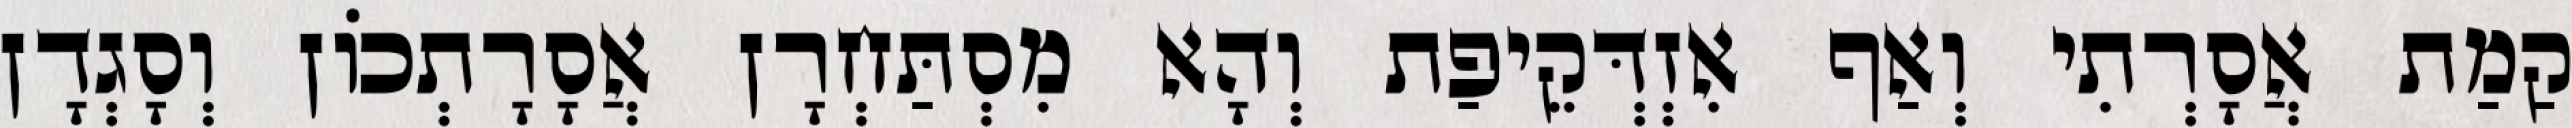
קַמַת אֲסָרְתִי וְאַף אִזְדְּקֵיפַת וְהָא מִסְתַּחְרָן אֲסָרָתְכוֹן וְסָגְדָן